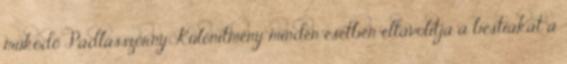
működő Padlásszörny Különítmény minden esetben eltávolítja a bestiákat a